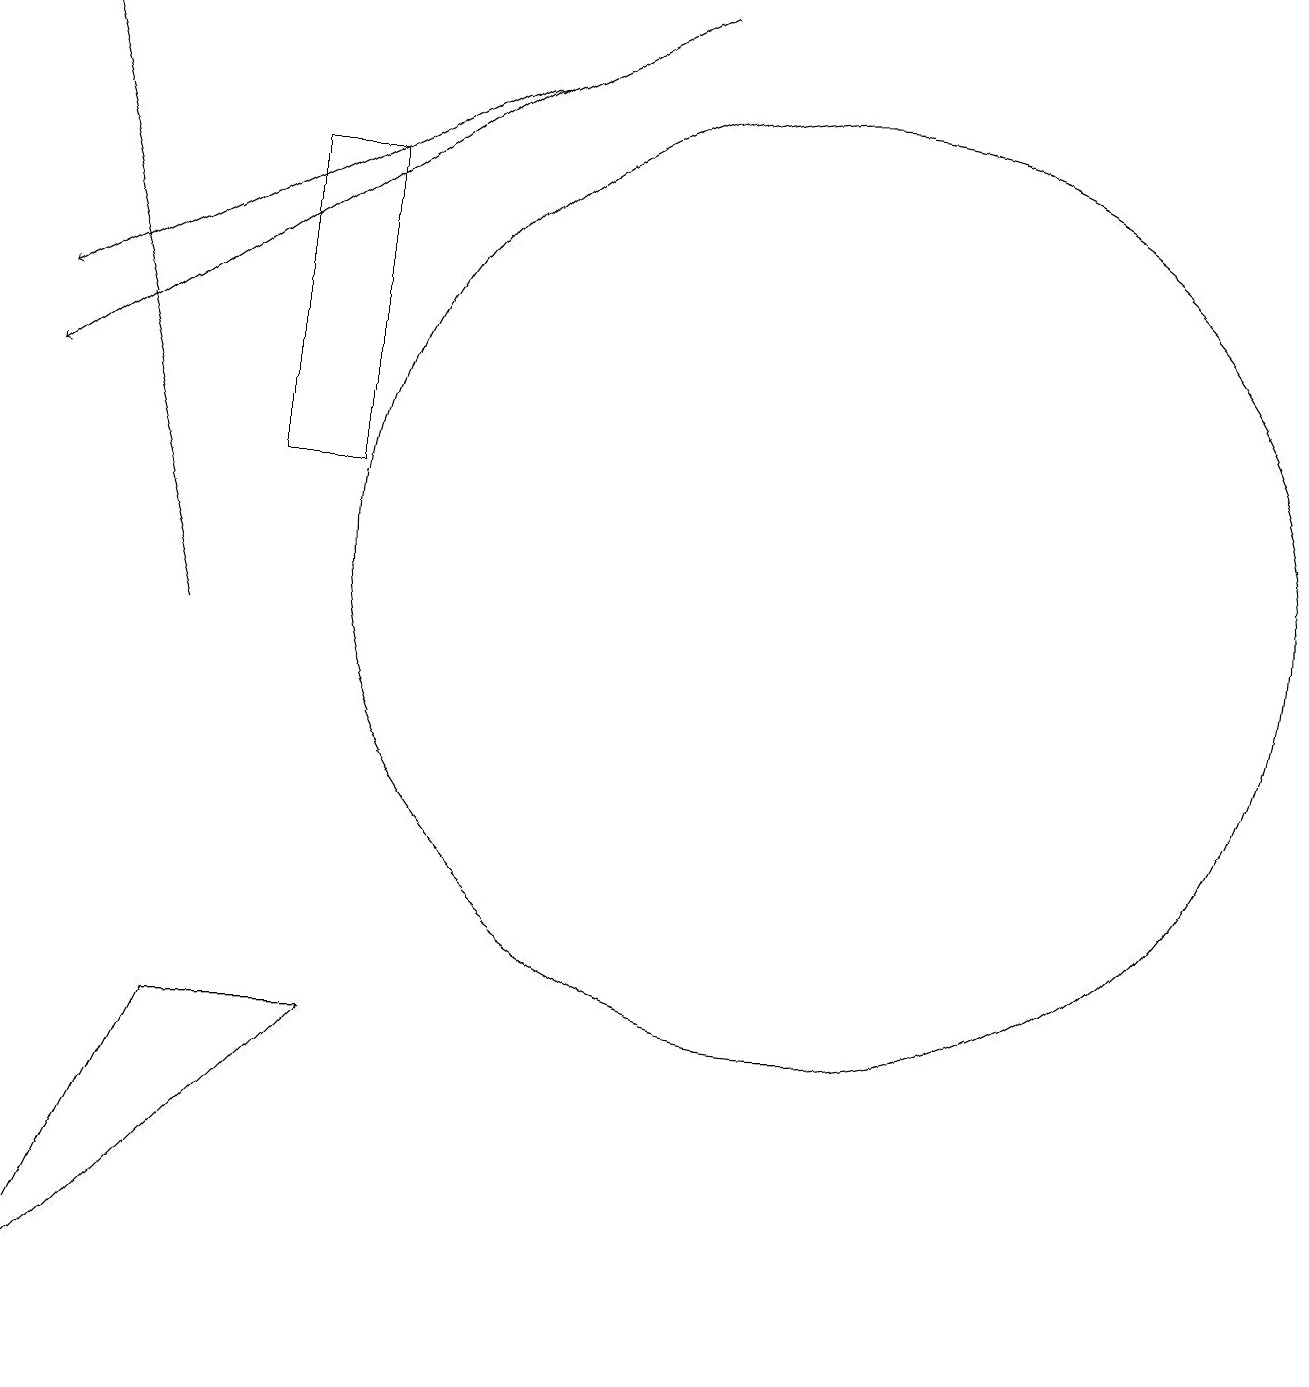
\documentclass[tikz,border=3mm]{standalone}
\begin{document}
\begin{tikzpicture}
\draw (5,16) rectangle (4,12);
\draw (11,11) circle (6);
\draw (3,5) -- (5,5) -- (1,1) -- cycle;
\draw[->] (9,18) -- (1,14);
\draw (4,15) rectangle (4,15);
\draw[->] (3,10) -- (1,18);
\draw[->] (7,17) -- (1,13);
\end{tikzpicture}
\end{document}